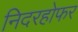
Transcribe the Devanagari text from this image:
निदरहोफर